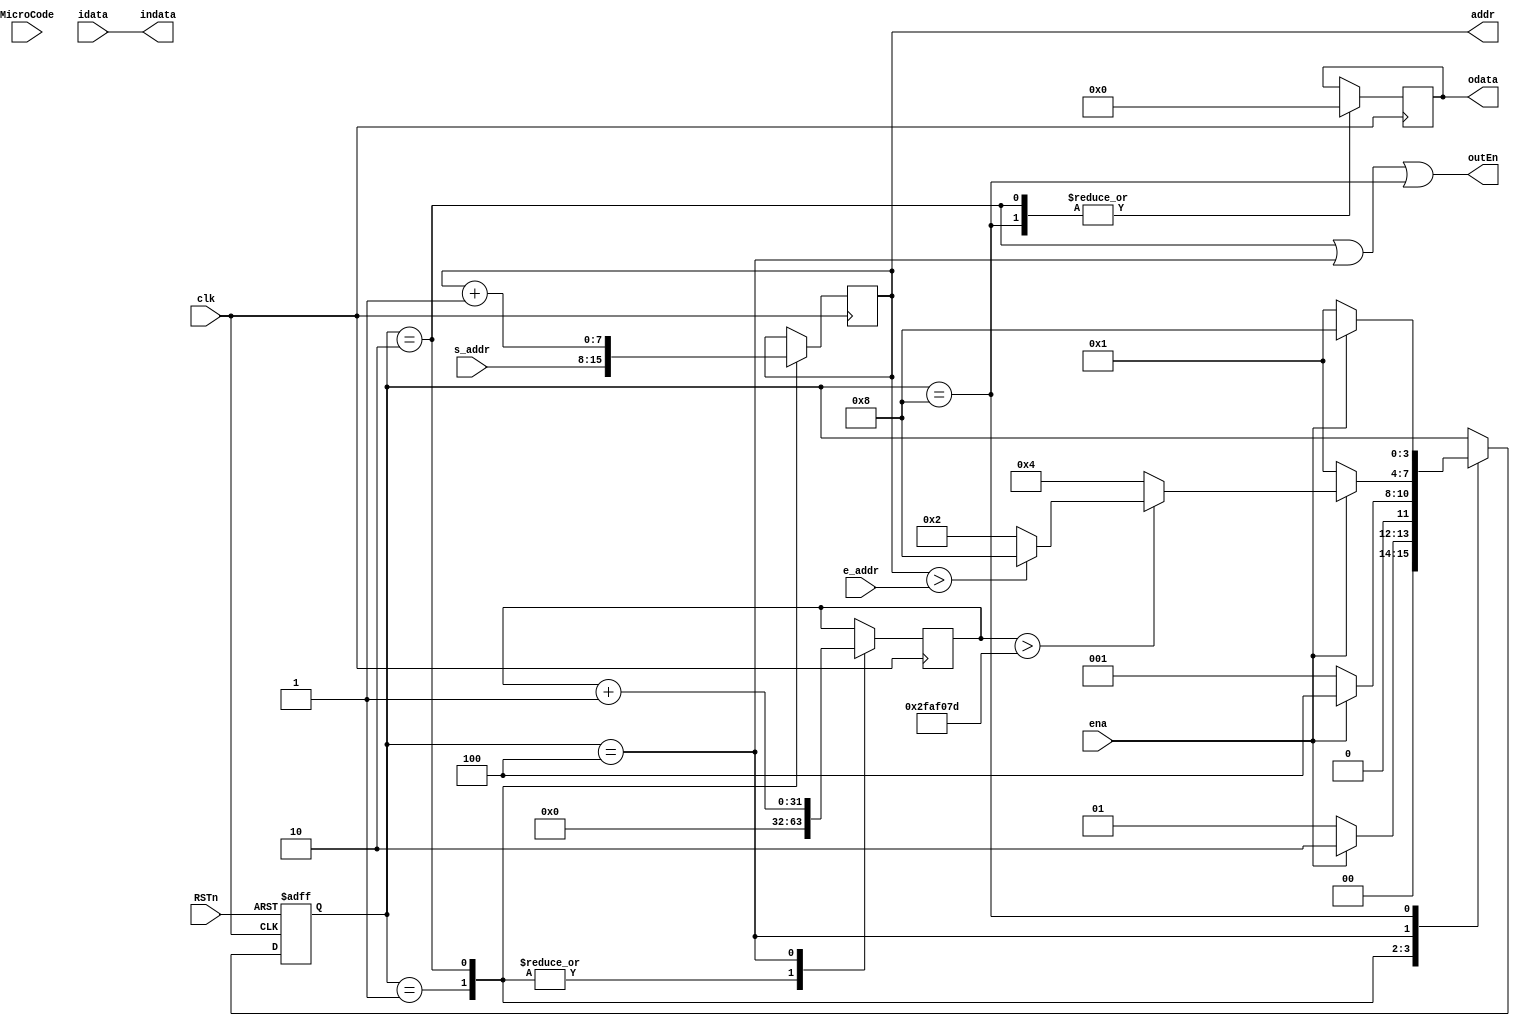
module MicroCode_controller (
    //AHB
    input  wire       clk,
    input  wire       RSTn,
    input  wire [7:0] s_addr,
    input  wire [7:0] e_addr,
    output wire [7:0] indata,
    input  wire       ena,

    //MicroCode ram
    input  wire [31:0] MicroCode,
    output reg  [7:0]  addr,

    //GPIO       
    input  wire [7:0] idata,
    output reg  [7:0] odata,
    output wire       outEn
);

  //state
  localparam IDLE = 4'b0001;
  localparam FETCH = 4'b0010;
  localparam DELAY = 4'b0100;
  localparam DONE = 4'b1000;


  //decode
  wire [3:0] opc;
  wire [7:0] branch;
  wire [7:0] value;




//meaning of microcode to be finished





  assign opc = 0;
  assign branch = 0;
  assign value = 0;





/****************************/



  //delay cnt
  localparam CNT = 32'd50000000;
  reg [31:0] cnt;
  wire delay_flag = (cnt > CNT-32'd3);

  //done
  wire done;
  assign done = (addr > e_addr);

  //FSM
  reg [3:0] state,nxt_state;
  always @(*) begin
    case (state)
        IDLE : nxt_state = (ena) ? FETCH : IDLE;
        FETCH : nxt_state = (ena) ?  DELAY : IDLE;
        DELAY : nxt_state = (ena) ? ((delay_flag) ? ((done) ? DONE : FETCH) : DELAY) : IDLE;
        DONE : nxt_state = (ena) ?  DONE : IDLE;
        default: nxt_state <= state;
    endcase
  end
 
  always @(posedge clk or negedge RSTn) begin
    if (~RSTn) state <= IDLE;
    else state <= nxt_state;
  end
 
  always @(posedge clk) begin
    case (state)
        IDLE: begin
              addr <= s_addr;
              cnt <= 32'd0;
        end
        FETCH:begin
            addr <= (opc[0])? branch : (addr+8'd1);
            odata <= value; 
            cnt <= 32'd0;
        end
        DELAY:begin
            cnt <= cnt + 32'd1;
        end
        DONE: begin
            odata <= 8'h00; 
        end
    endcase
  end

  assign outEn = (state == FETCH) | (state == DELAY) | (state == DONE);
  assign indata = idata;
endmodule